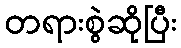
တရားစွဲဆိုပြီး